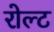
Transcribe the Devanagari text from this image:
रोल्ट